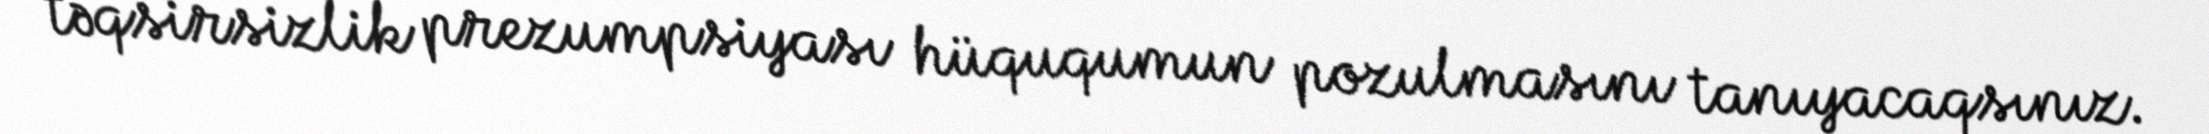
təqsirsizlik prezumpsiyası hüququmun pozulmasını tanıyacaqsınız.